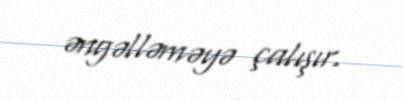
əngəlləməyə çalışır.